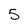
Character: 5